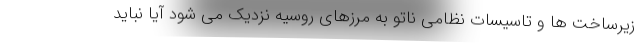
زیرساخت ها و تاسیسات نظامی ناتو به مرزهای روسیه نزدیک می شود آیا نباید